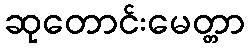
ဆုတောင်းမေတ္တာ